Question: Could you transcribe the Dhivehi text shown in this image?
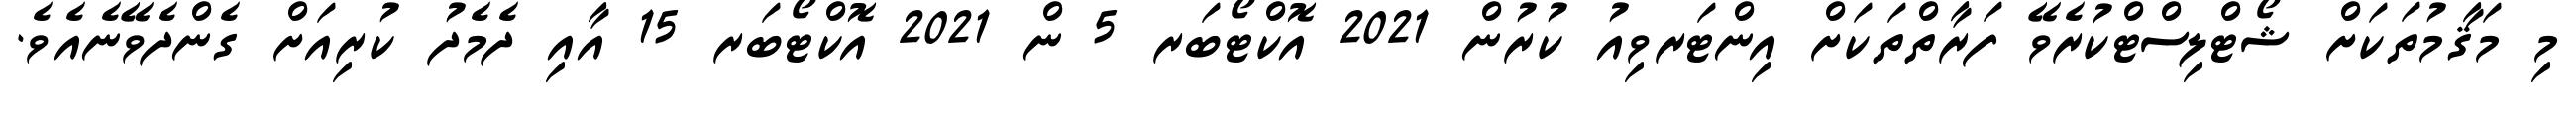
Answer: މި މަޤާމުތަކަށް ޝޯޓްލިސްޓްކުރެވޭ ފަރާތްތަކަށް އިންޓަރވިއު ކުރުން 2021 އޮކްޓޯބަރ 5 ން 2021 އޮކްޓޯބަރ 15 އާއި ދެމެދު ކުރިއަށް ގެންދެވޭނެއެވެ.